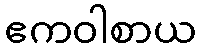
ဧကဝါစာယ